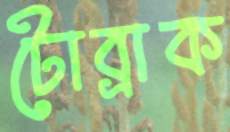
টোব্রাক